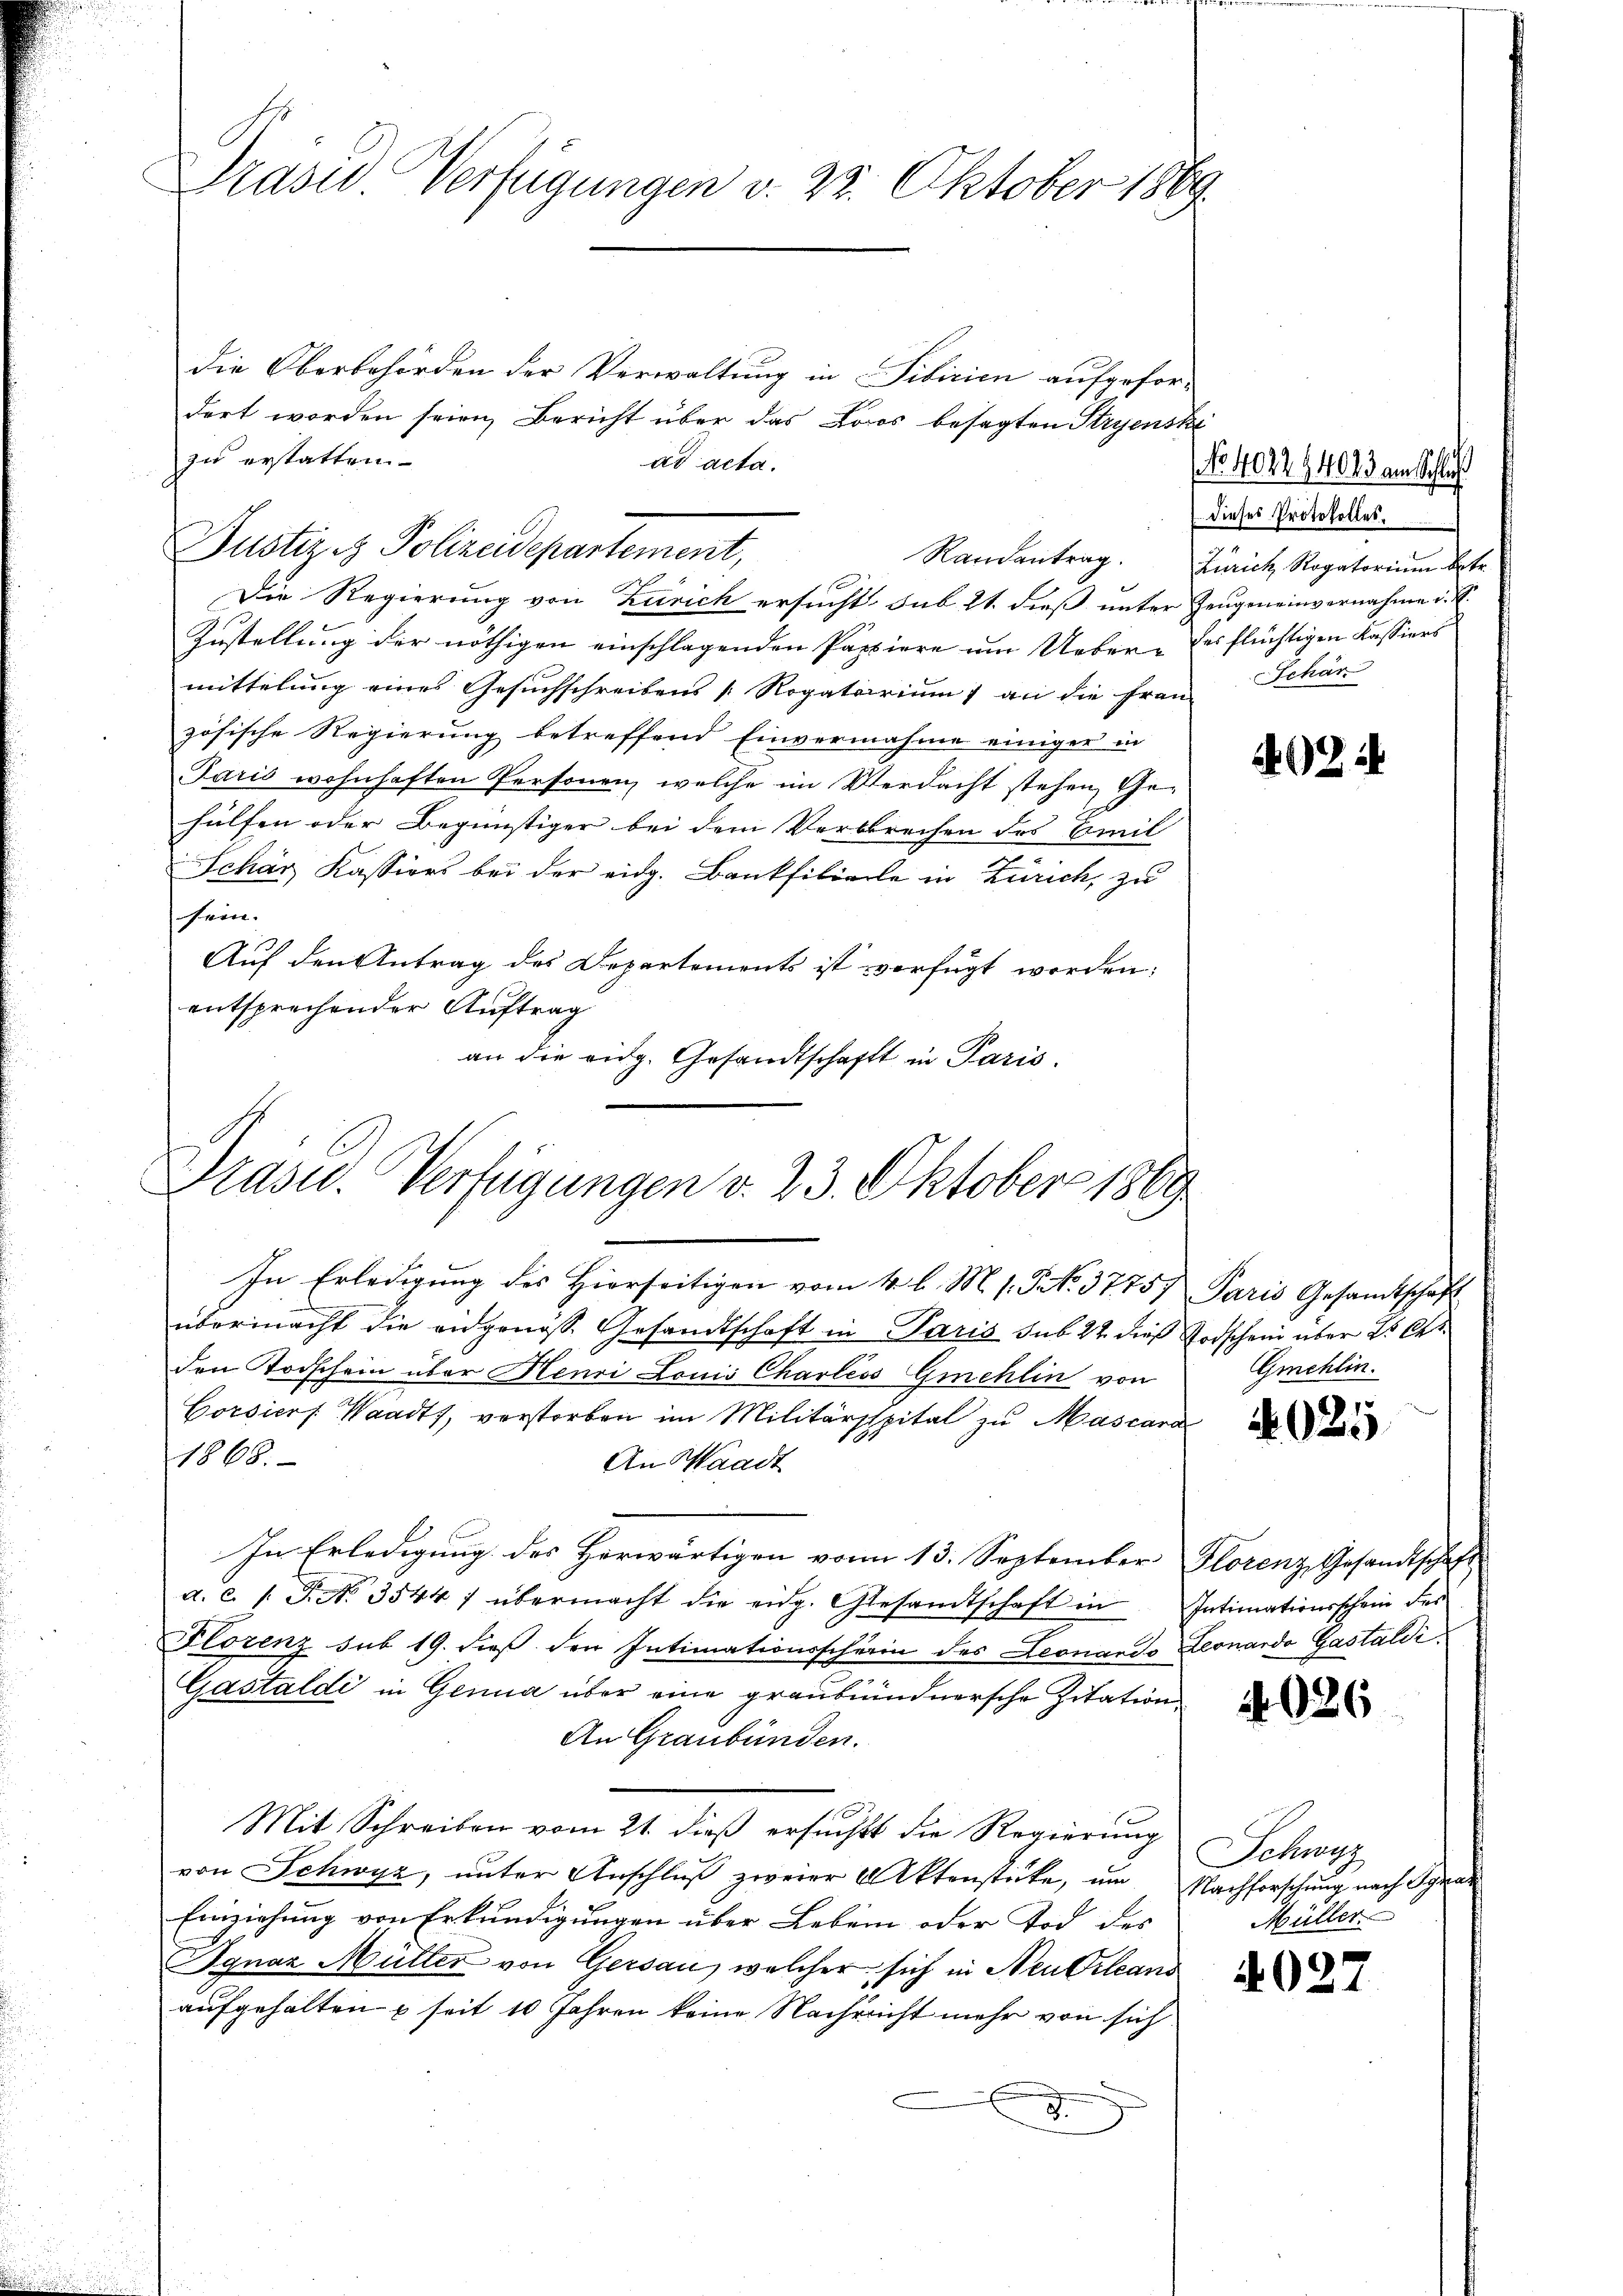
Prasw. Verfügungen v. 22. Oktober 1869.

zu erstatten.
ad acta.
Justiz & Polizeidepartement,

die Oberbehörden der Verwaltung in Tibicien aufgefor-
dert worden seien, Bericht über das Loos besagten Stryenski
Die Regierung von Zürich ersucht sub 21. diess unter Zeugeneinvernahme u.
Zustellung der nöthigen einschlagenden Pappiere um Ueber- des flüchtigen Kassiers
mittelung eines Gesuchschreibens [Rogatorium) an die Frau Schän
zösische Regierung betreffend Einvernahme einiger in
Paris wohnhaften Personen, welche im Verdacht stehen, Gehülfen oder Begünstiger bei dem Verbrechen des Emil
Schär Kassions bei der eidg. Bankfiliarle in Zürich, zu
sein.
Auf den Antrag des Departements ist verfügt worden:
entsprechender Auftrag
an die eidg. Gesandtschaft in Paris.

übermacht die angenoss. Gesandtschaft in Paris sub 22 dieß Todschein aber 25 Ct.
den Todschein über Henri Louis Charléss Gmehlin von
Corsiers Waadt, verstorben im Militärsspital zu Mascara
1868.
An Waadt
In Erledigung des Herwärtigen vom 13. September Florenz Gesandtschaft
a. c. 1 S. 3544 f übermacht die eidg. Gesandtschaft in Intimationsschein des
Florenz sub 19. dieß den Intimationsscherin des Leonardo Leonardo Gastaldi
Gastaldi in Genua über eine graubündnersche Zitation
An Graubünden.
Mit Schreiben vom 21. dieß ersucht die Regierung
von Schwyz, unter Anschluß zweier Aktenstücke, um Nachforschung nach Ignaz
Einziehung von Erkundigungen über Leben oder Tod des
Ignaz Müller von Gersau, welcher sich in Neu Orleans
aufgehalten u seit 10 Jahren keine Nachricht mehr von sich
.

Präsid.. Verfügungen v. 23. Oktober 1869
In Erledigung des Hierseitigen vom 4. l. M. s. S. 37757 Paris Gesamtschaft

NNo. 402294043 am Schluß
dieses Protokolles.
Randantrag. Zürich Rogatorium betr.

4024

Gmehlin.

4025

4026

Schwyz
Müller

4027